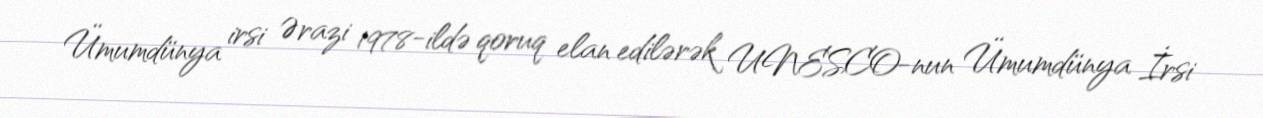
Ümumdünya irsi Ərazi 1978-ildə qoruq elan edilərək UNESCO-nun Ümumdünya İrsi